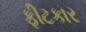
ફીટકાર